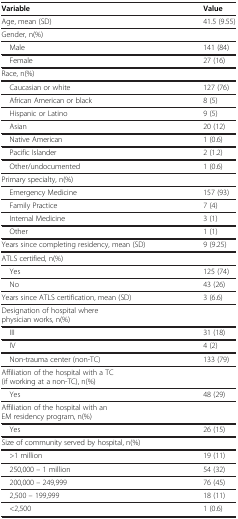
<table><thead><tr><td><b>Variable</b></td><td><b>Value</b></td></tr></thead><tbody><tr><td>Age, mean (SD)</td><td>41.5 (9.55)</td></tr><tr><td>Gender, n(%)</td><td> </td></tr><tr><td> Male</td><td>141 (84)</td></tr><tr><td> Female</td><td>27 (16)</td></tr><tr><td>Race, n(%)</td><td> </td></tr><tr><td> Caucasian or white</td><td>127 (76)</td></tr><tr><td> African American or black</td><td>8 (5)</td></tr><tr><td> Hispanic or Latino</td><td>9 (5)</td></tr><tr><td> Asian</td><td>20 (12)</td></tr><tr><td> Native American</td><td>1 (0.6)</td></tr><tr><td> Pacific Islander</td><td>2 (1.2)</td></tr><tr><td> Other/undocumented</td><td>1 (0.6)</td></tr><tr><td>Primary specialty, n(%)</td><td> </td></tr><tr><td> Emergency Medicine</td><td>157 (93)</td></tr><tr><td> Family Practice</td><td>7 (4)</td></tr><tr><td> Internal Medicine</td><td>3 (1)</td></tr><tr><td> Other</td><td>1 (1)</td></tr><tr><td>Years since completing residency, mean (SD)</td><td>9 (9.25)</td></tr><tr><td>ATLS certified, n(%)</td><td> </td></tr><tr><td> Yes</td><td>125 (74)</td></tr><tr><td> No</td><td>43 (26)</td></tr><tr><td>Years since ATLS certification, mean (SD)</td><td>3 (6.6)</td></tr><tr><td>Designation of hospital where physician works, n(%)</td><td> </td></tr><tr><td> III</td><td>31 (18)</td></tr><tr><td> IV</td><td>4 (2)</td></tr><tr><td> Non-trauma center (non-TC)</td><td>133 (79)</td></tr><tr><td>Affiliation of the hospital with a TC (if working at a non-TC), n(%)</td><td> </td></tr><tr><td> Yes</td><td>48 (29)</td></tr><tr><td>Affiliation of the hospital with an EM residency program, n(%)</td><td> </td></tr><tr><td> Yes</td><td>26 (15)</td></tr><tr><td>Size of community served by hospital, n(%)</td><td> </td></tr><tr><td> &gt;1 million</td><td>19 (11)</td></tr><tr><td> 250,000 – 1 million</td><td>54 (32)</td></tr><tr><td> 200,000 – 249,999</td><td>76 (45)</td></tr><tr><td> 2,500 – 199,999</td><td>18 (11)</td></tr><tr><td> &lt;2,500</td><td>1 (0.6)</td></tr></tbody></table>